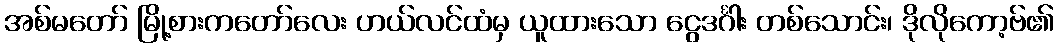
အစ်မတော် မြို့စားကတော်လေး ဟယ်လင်ထံမှ ယူထားသော ငွေဒင်္ဂါး တစ်သောင်း၊ ဒိုလိုကော့ဗ်၏